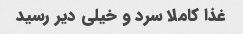
غذا کاملا سرد و خیلی دیر رسید